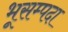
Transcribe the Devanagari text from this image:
भूसम्पदा